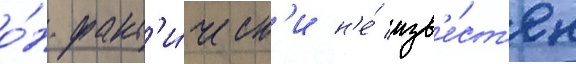
о́н факт'и́ческ'и н'е́ изв'е́ст'ен